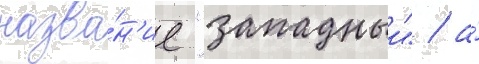
назва́н'ие "западныи" / а́